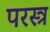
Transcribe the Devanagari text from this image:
परस्त्र